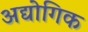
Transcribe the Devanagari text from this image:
अद्योगिक